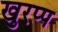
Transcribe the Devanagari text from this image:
खुरप्प